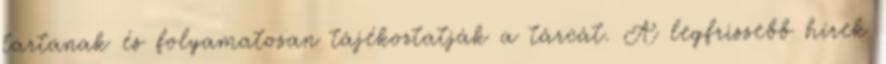
tartanak és folyamatosan tájékoztatják a tárcát. A legfrissebb hírek